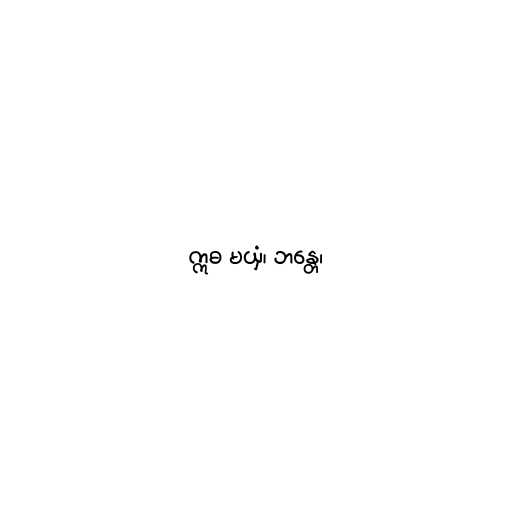
ဣဓ မယှံ၊ ဘန္တေ၊